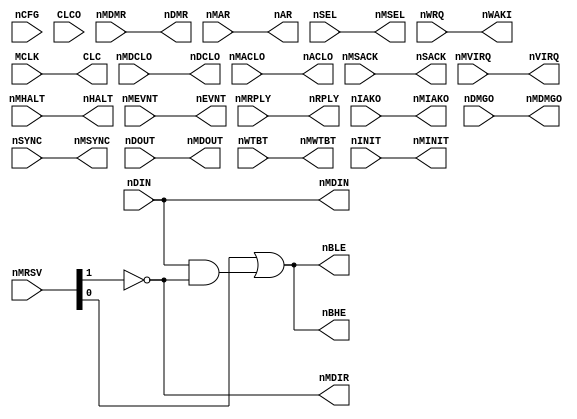
//
// Copyright (c) 2015 by 1801BM1@gmail.com
//______________________________________________________________________________
//
module vm2_top
(
   output      nBHE,          // high byte enable
   output      nBLE,          // low byte enable
   output      nMDIR,         // translation direction
   input[1:0]  nCFG,          // board configuration
   input[1:0]  nMRSV,         // service signals
                              //
   input       nMDCLO,        // DC low, input from main board
   input       nMACLO,        // AC low, input from main board
   input       nMSACK,        // system acknowledgement
   input       nMDMR,         // direct memory request
   input       nMVIRQ,        // vectored IRQ input
   input       nMHALT,        // HALT interrupt request
   input       nMEVNT,        // timer interrupt request
   input       nMRPLY,        // connector side: RPLY
   output      nMIAKO,        // connector side: IAKO
   output      nMDMGO,        // connector side: DMGO
                              //
   input       nMAR,          // connector side: AR
   output      nMSEL,         // connector side: SEL
   output      nMSYNC,        // connector side: SYNC
   output      nMDIN,         // connector side: DIN
   output      nMDOUT,        // connector side: DOUT
   output      nMWTBT,        // connector side: WTBT
   output      nMINIT,        // connector side: INIT
                              //
   output      nDCLO,         // DC low, output to both CPU
   output      nACLO,         // AC low, output to both CPU
   output      nSACK,         // processor side: SACK
   output      nDMR,          // processor side: DMR
   output      nRPLY,         // processor side: RPLY
   output      nWAKI,         // processor side: WAKI
                              //
   output      nAR,           // processor side: AR
   input       nSEL,          // processor side: SEL
   input       nWRQ,          // processor side: WRQ
   input       nINIT,         // processor side: INIT
   input       nDOUT,         // processor side: DOUT
   input       nDIN,          // processor side: DIN
   input       nWTBT,         // processor side: WTBT
   input       nSYNC,         // processor side: SYNC
   input       nIAKO,         // processor side: IAKO
   input       nDMGO,         // processor side: DMGO
                              //
   input       MCLK,          // clock input
   input       CLCO,          // processor core clock
   output      CLC,           // clock output for CPU
                              //
   output      nVIRQ,         // processor side: VIRQ
   output      nHALT,         // processor side: HALT
   output      nEVNT          // processor side: EVNT
);

//______________________________________________________________________________
//
wire     nEXDIN   = nMRSV[1];
wire     nEXENA   = nMRSV[0];

//______________________________________________________________________________
//
// Simple level translation
//
assign   CLC      = MCLK;
assign   nDCLO    = nMDCLO;
assign   nACLO    = nMACLO;

assign   nMSEL    = nSEL;
assign   nMSYNC   = nSYNC;
assign   nMDIN    = nDIN;
assign   nMDOUT   = nDOUT;
assign   nMWTBT   = nWTBT;
assign   nMINIT   = nINIT;
assign   nMIAKO   = nIAKO;
assign   nMDMGO   = nDMGO;

//______________________________________________________________________________
//
assign   nVIRQ    = nMVIRQ;
assign   nHALT    = nMHALT;
assign   nEVNT    = nMEVNT;
assign   nWAKI    = nWRQ;

assign   nAR      = nMAR;
assign   nSACK    = nMSACK;
assign   nDMR     = nMDMR;
assign   nRPLY    = nMRPLY;

//______________________________________________________________________________
//
// Data/Adress buffers control
//
assign   nBHE  = nEXENA | (nDIN & ~nEXDIN);
assign   nBLE  = nEXENA | (nDIN & ~nEXDIN);
assign   nMDIR = ~nEXDIN;

endmodule